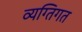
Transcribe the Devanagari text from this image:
व्यग्तिगत